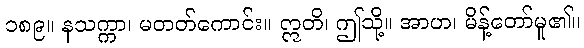
၁၈၉။ နသက္ကာ၊ မတတ်ကောင်း။ ဣတိ၊ ဤသို့။ အာဟ၊ မိန့်တော်မူ၏။